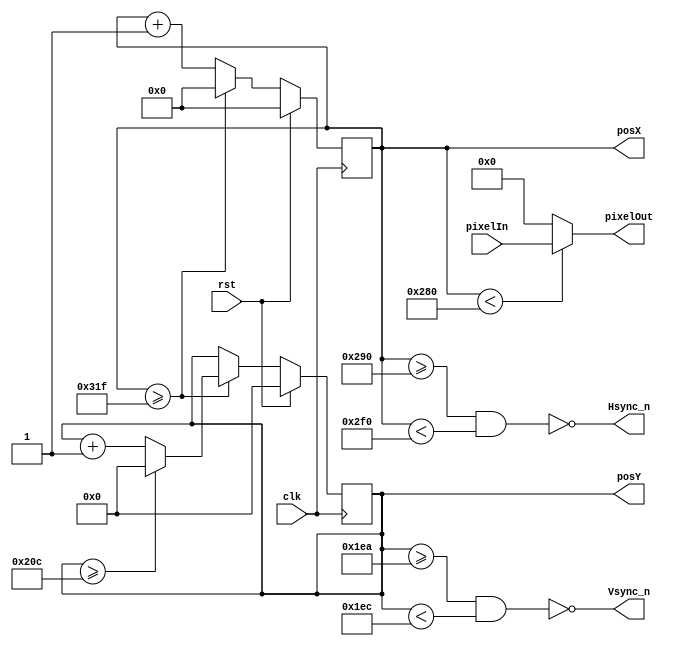
//////////////////////////////////////////////////////////////////////////////////
// 
// Design Name: 	 Ferney alberto Beltran Molina
// Module Name:    VGA_Driver 
// Project Name: 
// Target Devices: 
// Tool versions: 
// Description: 
//
// Dependencies: 
//
// Revision: 
// Revision 0.01 - File Created
// Additional Comments: 
//
//////////////////////////////////////////////////////////////////////////////////
module VGA_Driver640x480 (
	input rst,
	input clk, 				// 25MHz  para 60 hz de 640x480
	input  [11:0] pixelIn, 	// entrada del valor de color  pixel 
	
	output  [11:0] pixelOut, // salida del valor pixel a la VGA 
	output  Hsync_n,		// seal de sincronizacin en horizontal negada
	output  Vsync_n,		// seal de sincronizacin en vertical negada 
	output  [9:0] posX, 	// posicion en horizontal del pixel siguiente
	output  [8:0] posY 		// posicion en vertical  del pixel siguiente
);

localparam SCREEN_X = 640; 	// tamao de la pantalla visible en horizontal 
localparam FRONT_PORCH_X =16;  
localparam SYNC_PULSE_X = 96;
localparam BACK_PORCH_X = 48;
localparam TOTAL_SCREEN_X = SCREEN_X+FRONT_PORCH_X+SYNC_PULSE_X+BACK_PORCH_X; 	// total pixel pantalla en horizontal 


localparam SCREEN_Y = 480; 	// tamao de la pantalla visible en Vertical 
localparam FRONT_PORCH_Y =10;  
localparam SYNC_PULSE_Y = 2;
localparam BACK_PORCH_Y = 33;
localparam TOTAL_SCREEN_Y = SCREEN_Y+FRONT_PORCH_Y+SYNC_PULSE_Y+BACK_PORCH_Y; 	// total pixel pantalla en Vertical 


reg  [9:0] countX;
reg  [8:0] countY;

assign posX    = countX;
assign posY    = countY;

assign pixelOut = (countX<SCREEN_X) ? (pixelIn ) : (8'b00000000) ;

assign Hsync_n = ~((countX>=SCREEN_X+FRONT_PORCH_X) && (countX<SCREEN_X+SYNC_PULSE_X+FRONT_PORCH_X)); 
assign Vsync_n = ~((countY>=SCREEN_Y+FRONT_PORCH_Y) && (countY<SCREEN_Y+FRONT_PORCH_Y+SYNC_PULSE_Y));


always @(posedge clk) begin
	if (rst) begin
		countX <= 10'b0;
		countY <= 10'b0;
	end
	else begin 
		if (countX >= (TOTAL_SCREEN_X-1)) begin
			countX <= 0;
			if (countY >= (TOTAL_SCREEN_Y-1)) begin
				countY <= 0;
			end 
			else begin
				countY <= countY + 1;
			end
		end 
		else begin
			countX <= countX + 1;
			countY <= countY;
		end
	end
end

endmodule